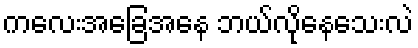
ကလေးအခြေအနေ ဘယ်လိုနေသေးလဲ